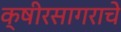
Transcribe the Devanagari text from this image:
क्षीरसागराचे